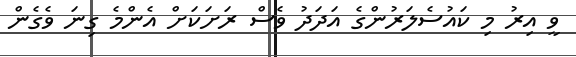
ވީ އިރު މި ކައުސެލަރުންގެ އަދަދު ވެސް ރަށަކަށް އެންމެ ގިނަ ވެގެން